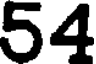
54